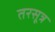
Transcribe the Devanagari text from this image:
तरसूत्र